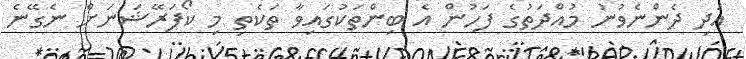
އަދި ދެންނެވުނު މުއްދަތުގެ ފަހުން އެ ބިންތަކުގައިވާ ތަކެތި މި ކޯޕަރޭޝަނަށް ނެގޭނެ